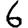
Digit: 6